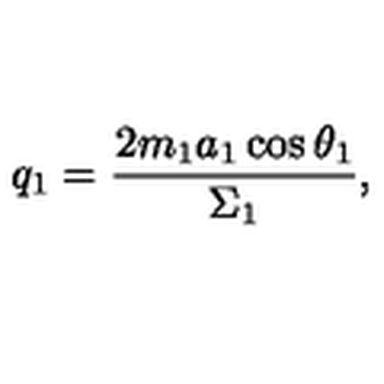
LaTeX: q _ { 1 } = \frac { 2 m _ { 1 } a _ { 1 } \cos \theta _ { 1 } } { \Sigma _ { 1 } } ,